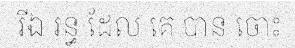
រីឯ រន្ធ ដែល គេ បាន ចោះ